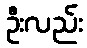
ဦးလည်း